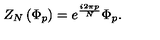
Z _ { N } \left( \Phi _ { p } \right) = e ^ { \frac { i 2 \pi p } { N } } \Phi _ { p } .